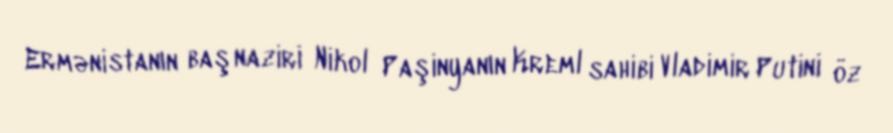
Ermənistanın baş naziri Nikol Paşinyanın Kreml sahibi Vladimir Putini öz